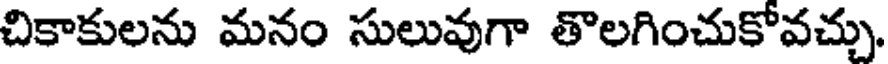
చికాకులను మనం సులువుగా తొలగించుకోవచ్చు,